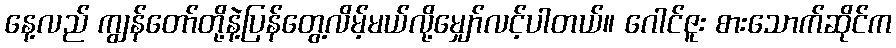
နေ့လည် ကျွန်တော်တို့နဲ့ပြန်တွေ့လိမ့်မယ်လို့မျှော်လင့်ပါတယ်။ ဂေါင်ဇူး စားသောက်ဆိုင်က